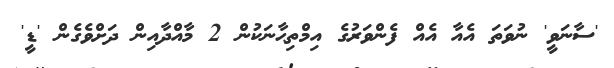
'ސާނަވީ' ނުވަތަ އެއާ އެއް ފެންވަރުގެ އިމްތިޙާނަކުން 2 މާއްދާއިން ދަށްވެގެން 'ޑީ'